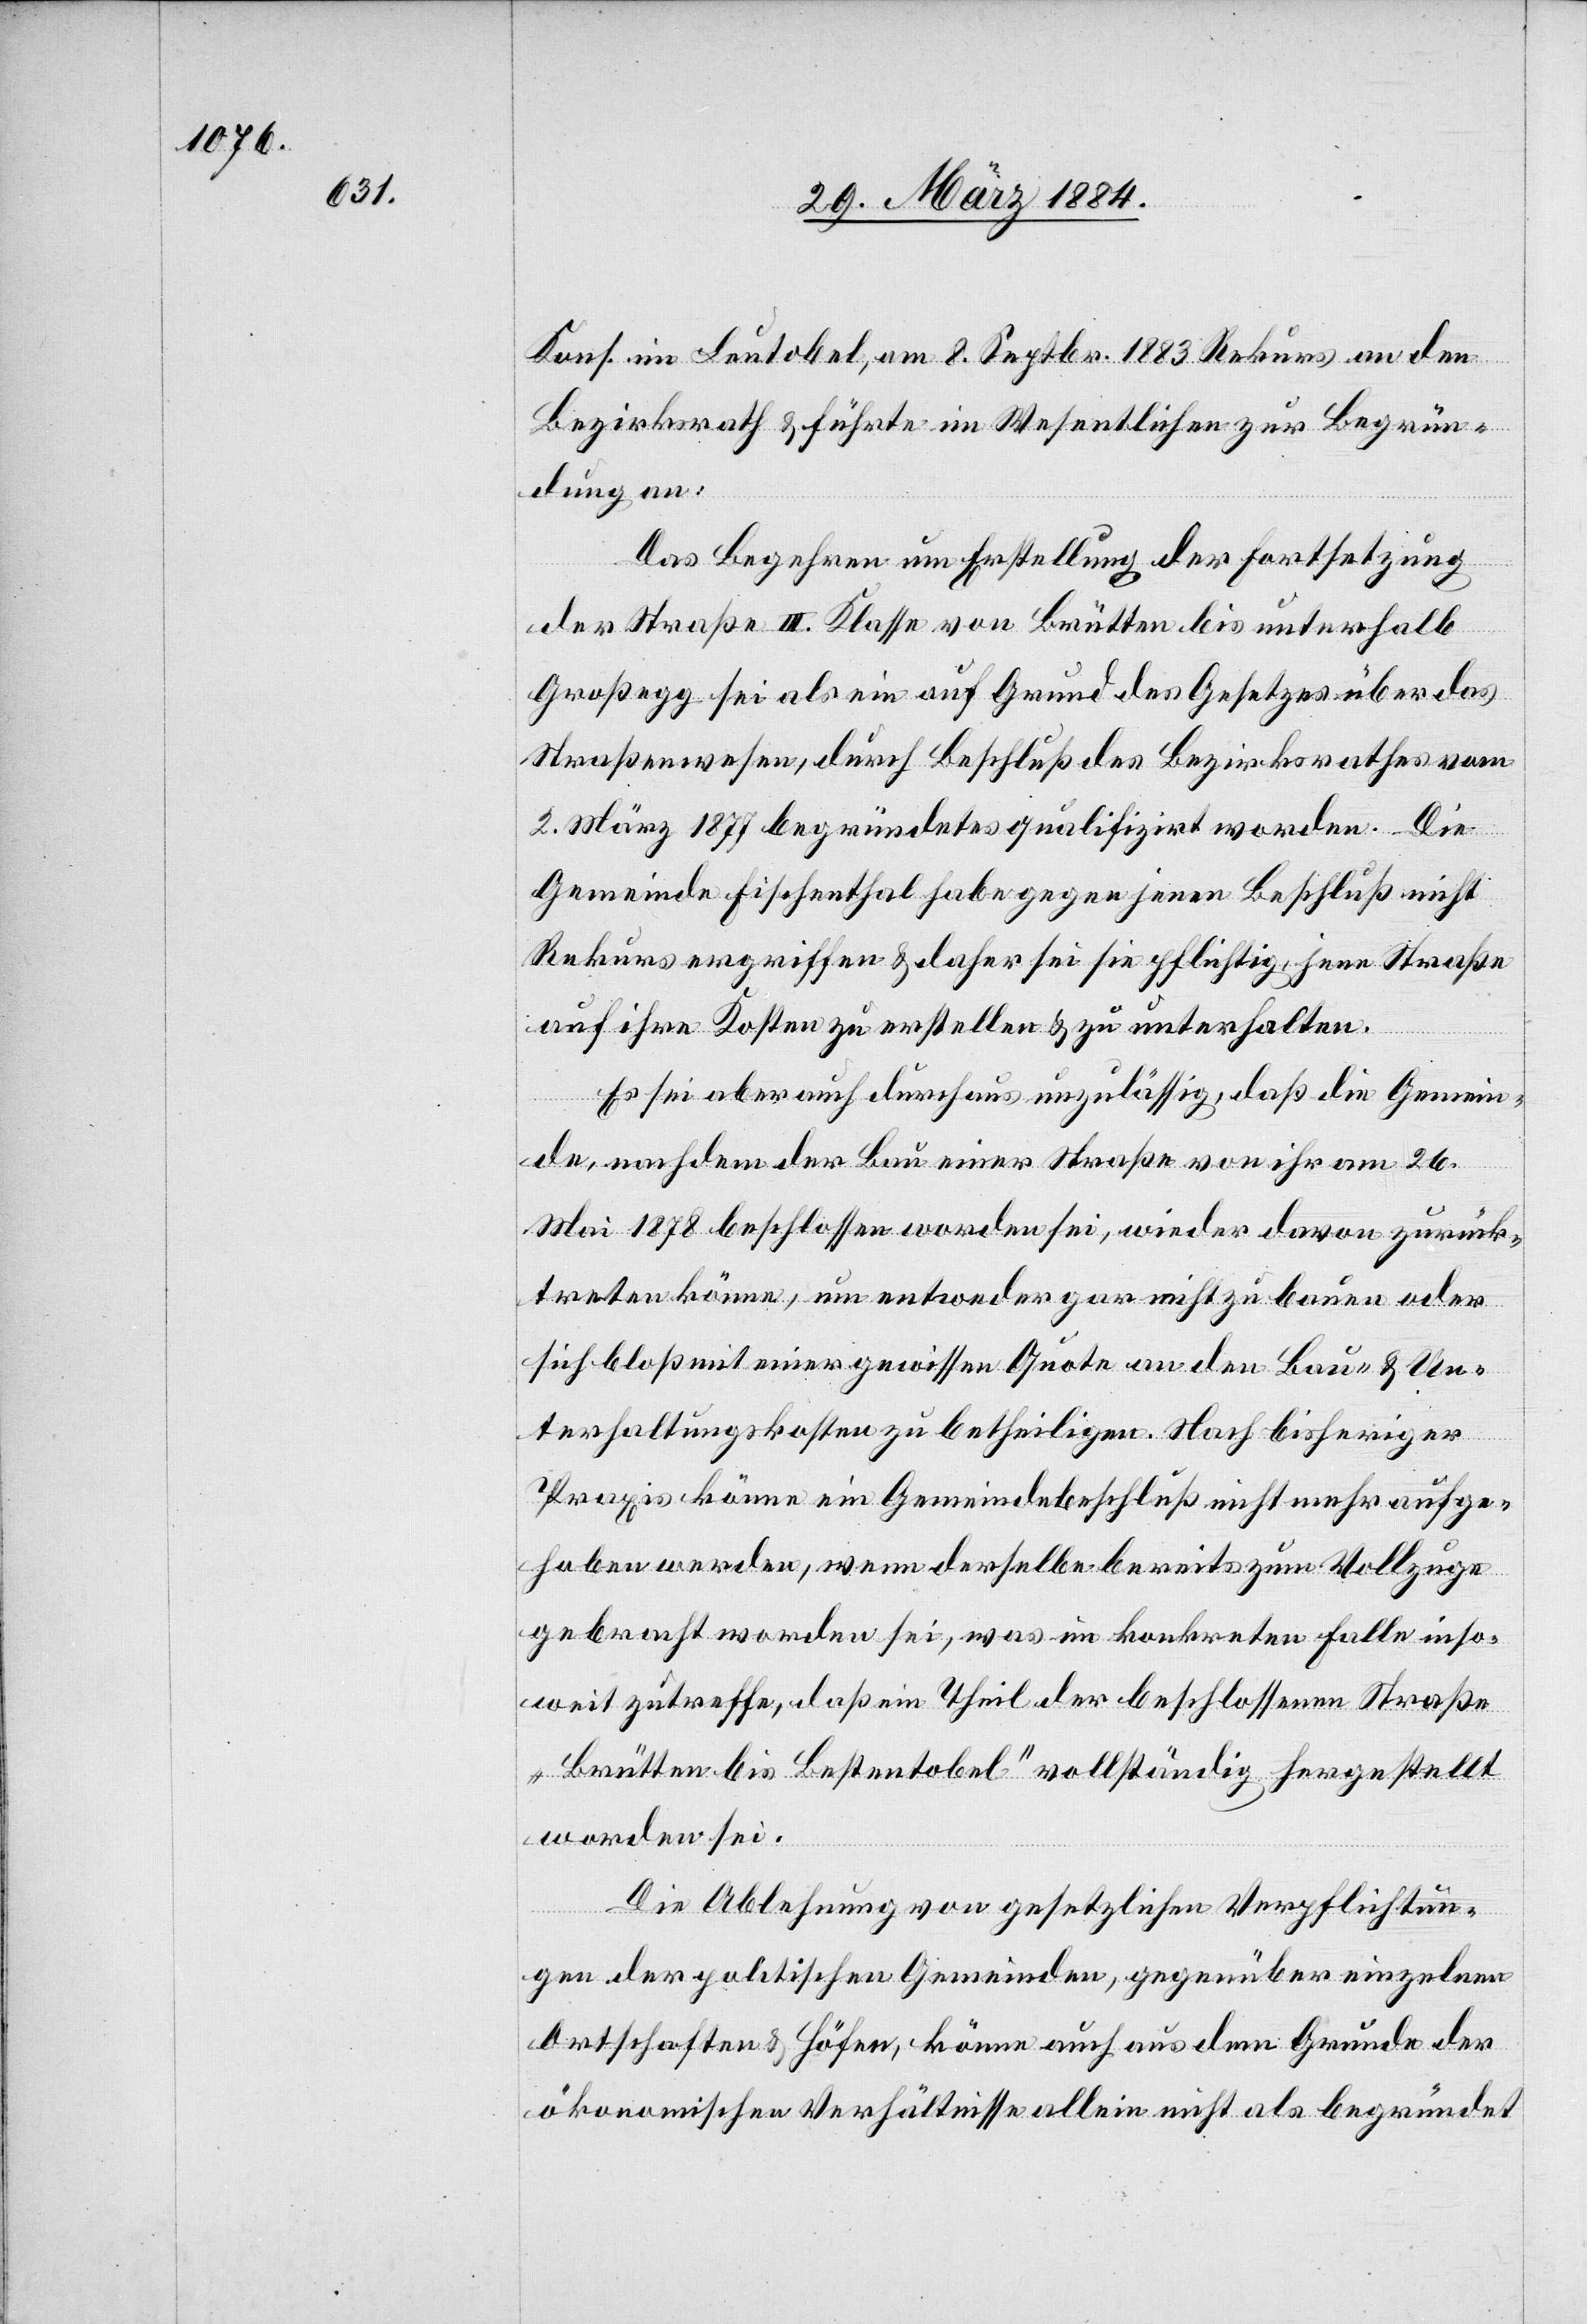
Kons. im Leutobel, am 8. Septbr. 1883 Rekurs an den
Bezirksrath & führte im Wesentlichen zur Begrün¬
dung an:
Das Begehren um Erstellung der Fortsetzung
der Straße III. Klasse von Brütten bis unterhalb
Großegg sei als ein auf Grund des Gesetzes über das
Straßenwesen, durch Beschluß des Bezirksrathes vom
2. März 1877 begründetes qualifizirt worden. Die
Gemeinde Fischenthal habe gegen jenen Beschluß nicht
Rekurs ergriffen & daher sei sie pflichtig, jene Straße
auf ihre Kosten zu erstellen & zu unterhalten.
Es sei aber auch durchaus unzulässig, daß die Gemein¬
de, nachdem der Bau einer Straße von ihr am 26.
Mai 1878 beschlossen worden sei, wieder davon zurück¬
treten könne, um entweder gar nicht zu bauen oder
sich bloß mit einer gewissen Quote an den Bau- & Un¬
terhaltungskosten zu betheiligen. Nach bisheriger
Praxis könne ein Gemeindebeschluß nicht mehr aufge¬
hoben werden, wenn derselbe bereits zum Vollzuge
gebracht worden sei, was im konkreten Falle inso¬
weit zutreffe, daß ein Theil der beschlossenen Straße
„Brütten bis Bestentobel“ vollständig hergestellt
worden sei.
Die Ablehnung von gesetzlichen Verpflichtun¬
gen der politischen Gemeinde, gegenüber einzelnen
Ortschaften & Höfen, könne auch aus dem Grunde der
ökonomischen Verhältnisse allein nicht als begründet